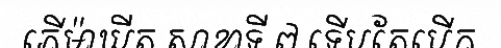
ភើម៉ាឃីត សាខាទី ៧ ទើបតែបើក